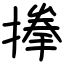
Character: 搼